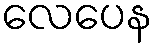
လေပေန